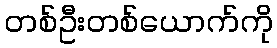
တစ်ဦးတစ်ယောက်ကို